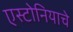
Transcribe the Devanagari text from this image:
एस्टोनियाचे